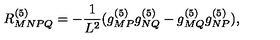
R _ { M N P Q } ^ { ( 5 ) } = - { \frac { 1 } { L ^ { 2 } } } ( g _ { M P } ^ { ( 5 ) } g _ { N Q } ^ { ( 5 ) } - g _ { M Q } ^ { ( 5 ) } g _ { N P } ^ { ( 5 ) } ) ,